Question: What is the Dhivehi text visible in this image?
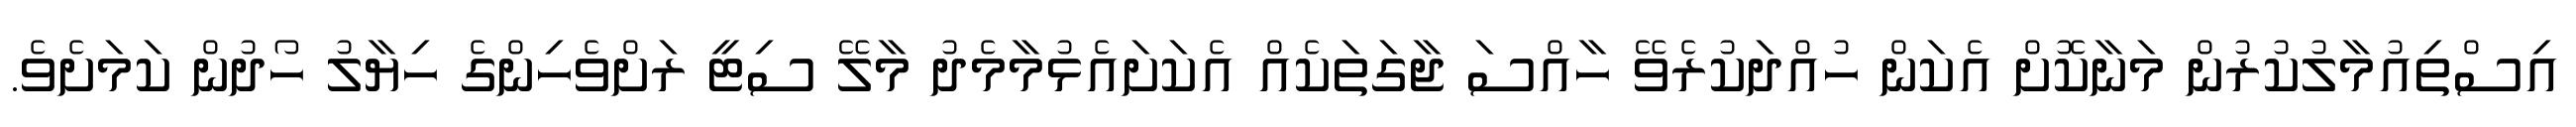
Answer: އިސްތިއުމާލުކުރުން މަނާކޮށް އެކަން ހުއްދަކުރެވޭ ހާއްސަ ޖާގަތަކެއް އެކަށައެޅުމާމެދު މާލޭ ސިޓީ ރަށްވެހިންގެ ހިޔާލު ހޯދުން ކަމަށެވެ.